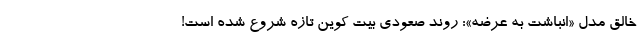
خالق مدل «انباشت به عرضه»: روند صعودی بیت کوین تازه شروع شده است!